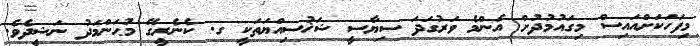
މިފަހަކަށްއައިސް މިގައުމުދުށް އެންމެ ވަރުގަދަ ސިޔާސީ ޝަޚުސިއްޔަތަކީ ގ. ކެނެރީގޭ މުޙަންމަދު ނަޝީދެވެ.